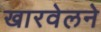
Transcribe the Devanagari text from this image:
खारवेलने